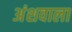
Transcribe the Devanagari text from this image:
अंशवाला